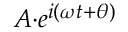
\scriptstyle A \cdot e ^ { i ( \omega t + \theta ) }